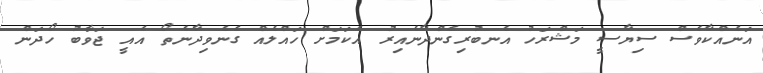
އަނެއްކާވެސް ސިޔާސީ މަޝްރަހު އެނބުރިގެންދާނެއިރު އެކަމަށް ހައްލެއް ގެނެވިދާނެތޯ އެއީ ޖަވާބު ހޯދަން